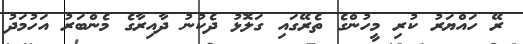
ރޭ ހައްޔަރު ކުރި މީހުންގެ ތެރޭގައި ގަލޮޅު ދެކުނު ދާއިރާގެ މެންބަރު އަހުމަދު